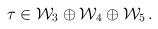
LaTeX: \begin{align*}\tau \in {\cal W}_3 \oplus {\cal W}_4 \oplus {\cal W}_5\,.\end{align*}